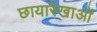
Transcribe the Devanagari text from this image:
छायारेखाओं